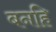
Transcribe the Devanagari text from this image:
बनहि